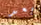
بعد